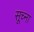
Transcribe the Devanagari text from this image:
सूच्ना